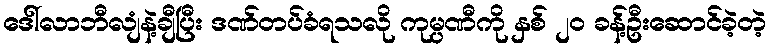
ဒေါ်လာဘီလျံနဲ့ချီပြီး ဒဏ်တပ်ခံရသလို ကုမ္ပဏီကို နှစ် ၂၀ ခန့်ဦးဆောင်ခဲ့တဲ့